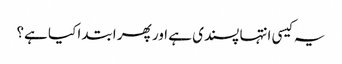
یہ کیسی انتہا پسندی ہے اور پھر ابتدا کیا ہے؟